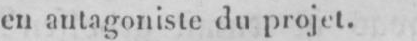
en antagoniste du projet.